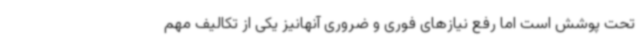
تحت پوشش است اما رفع نیازهای فوری و ضروری آنهانیز یکی از تکالیف مهم